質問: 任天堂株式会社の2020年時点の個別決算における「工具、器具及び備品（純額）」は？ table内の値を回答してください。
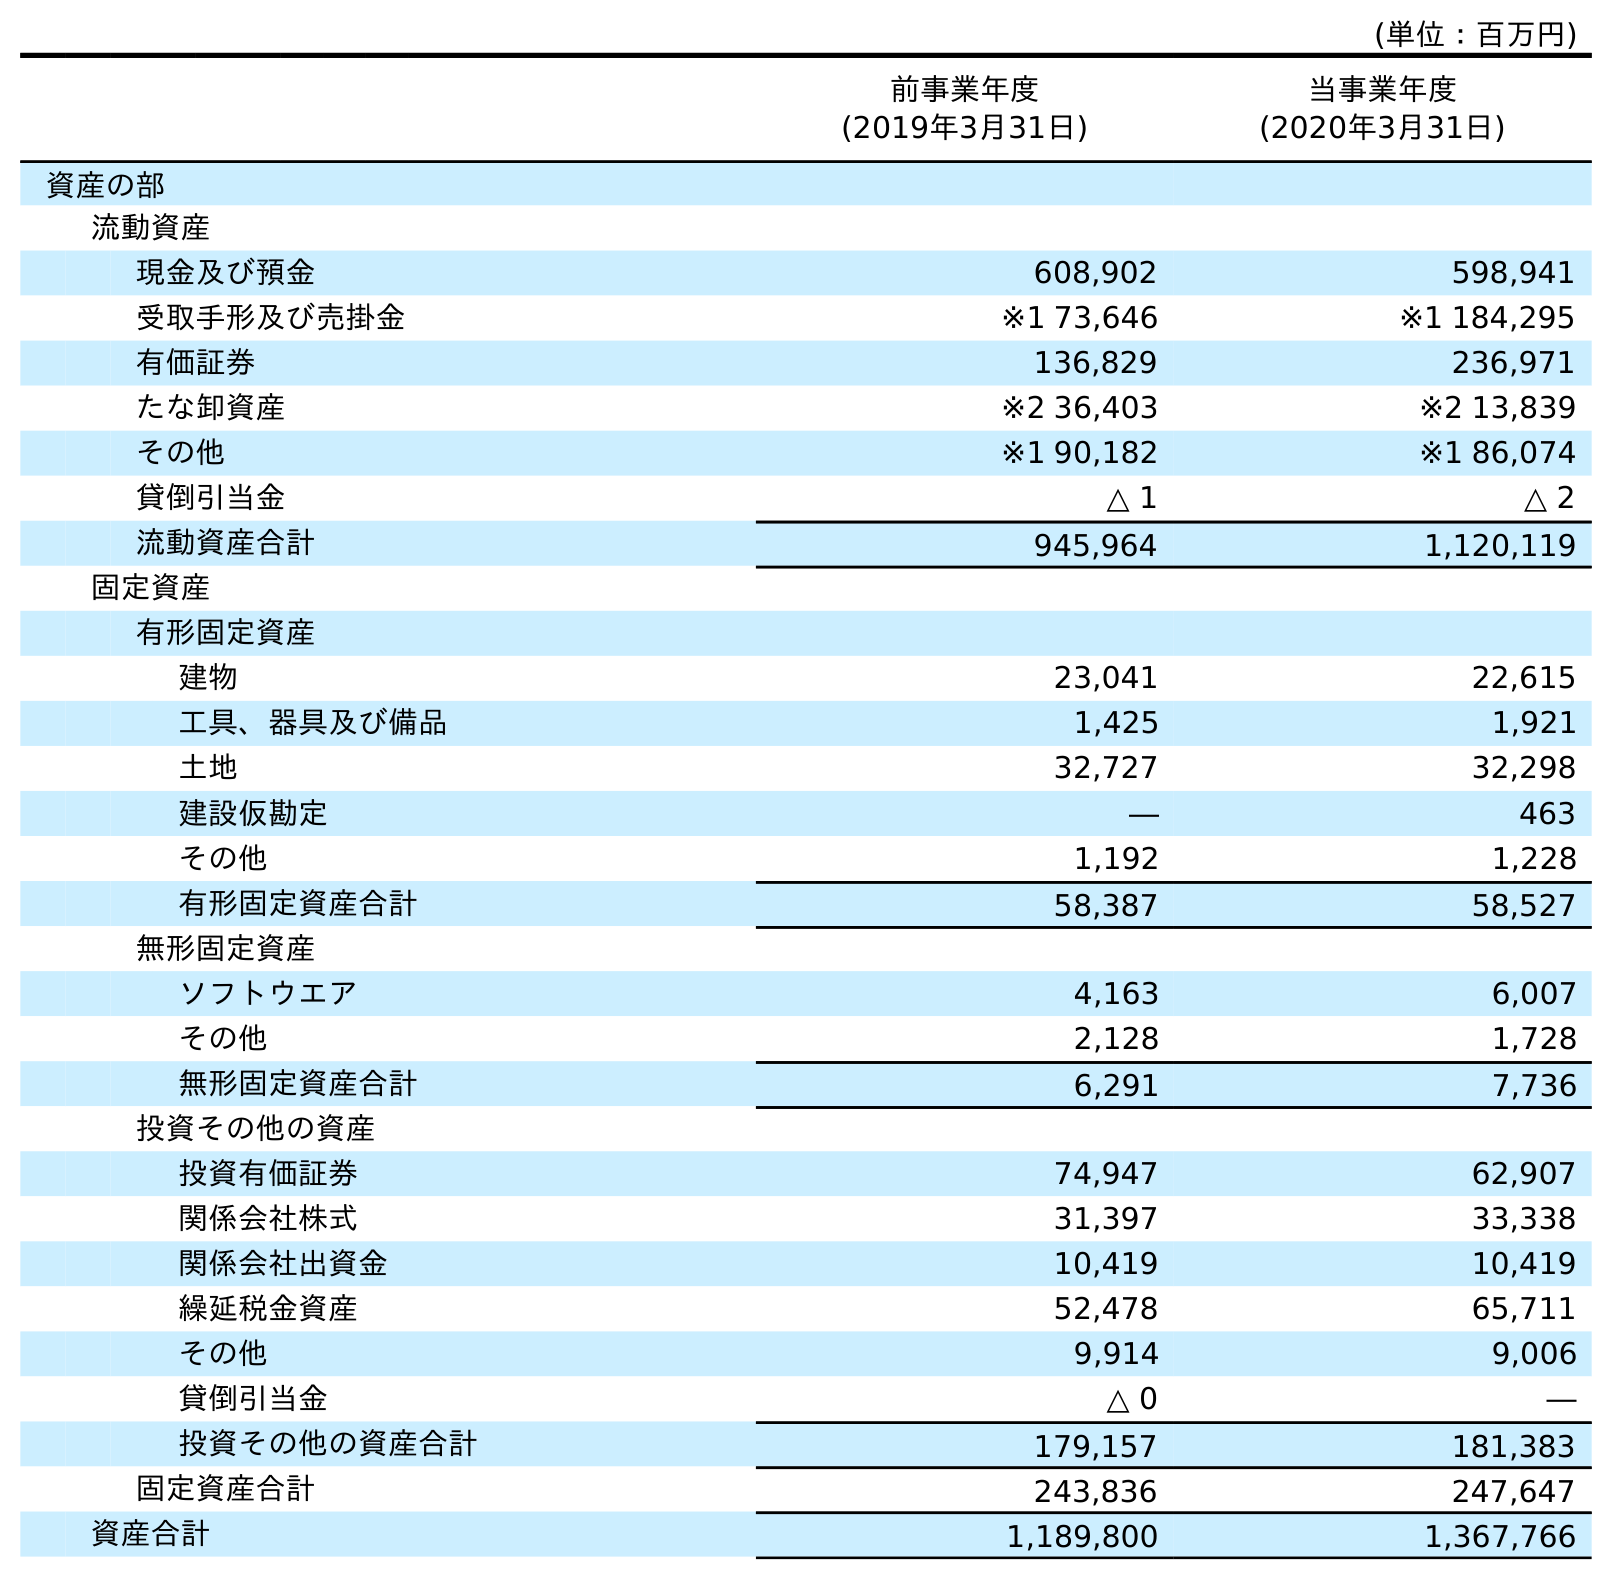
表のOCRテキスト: (単位：百万円) 前事業年度 (2019年3月31日) 当事業年度 (2020年3月31日) 資産の部 流動資産 現金及び預金 608,902 598,941 受取手形及び売掛金 ※1 73,646 ※1 184,295 有価証券 136,829 236,971 たな卸資産 ※2 36,403 ※2 13,839 その他 ※1 90,182 ※1 86,074 貸倒引当金 △ 1 △ 2 流動資産合計 945,964 1,120,119 固定資産 有形固定資産 建物 23,041 22,615 工具、器具及び備品 1,425 1,921 土地 32,727 32,298 建設仮勘定 ― 463 その他 1,192 1,228 有形固定資産合計 58,387 58,527 無形固定資産 ソフトウエア 4,163 6,007 その他 2,128 1,728 無形固定資産合計 6,291 7,736 投資その他の資産 投資有価証券 74,947 62,907 関係会社株式 31,397 33,338 関係会社出資金 10,419 10,419 繰延税金資産 52,478 65,711 その他 9,914 9,006 貸倒引当金 △ 0 ― 投資その他の資産合計 179,157 181,383 固定資産合計 243,836 247,647 資産合計 1,189,800 1,367,766
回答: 1,921